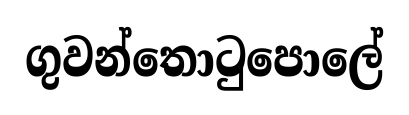
ගුවන්තොටුපොලේ